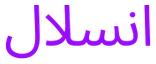
انسلال